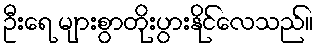
ဦးရေ များစွာတိုးပွားနိုင်လေသည်။